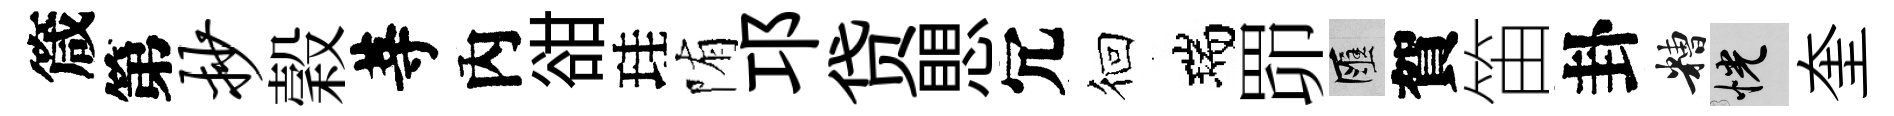
箴第抄穀䓁內𧮳珪陏邛贷愳冗徊瑞𦊑匯賀笛卦糟恍奎